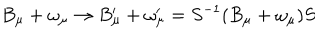
LaTeX: B _ { \mu } + \omega _ { \mu } \rightarrow B _ { \mu } ^ { \prime } + \omega _ { \mu } ^ { \prime } = S ^ { - 1 } ( B _ { \mu } + \omega _ { \mu } ) S